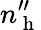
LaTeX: n_{\mathrm{~h~}}^{\prime\prime}